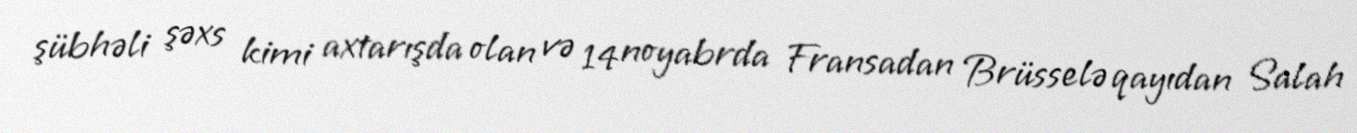
şübhəli şəxs kimi axtarışda olan və 14 noyabrda Fransadan Brüsselə qayıdan Salah